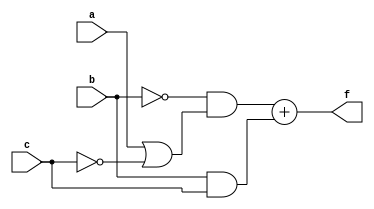
module boolean_random(input a,b,c,output f );
wire w1,w2;
assign w1=(b&c); 
assign w2=(a)|(~c);
assign w3=(~b)&(w2);
assign f=w3+w1;
endmodule